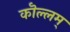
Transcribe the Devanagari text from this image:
कॊल्लम्